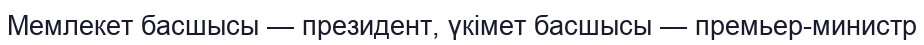
Мемлекет басшысы — президент, үкімет басшысы — премьер-министр